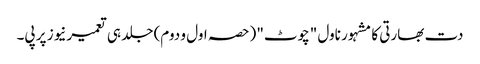
دت بھارتی کا مشہور ناول "چوٹ" (حصہ اول و دوم) جلد ہی تعمیرنیوز پر پی۔